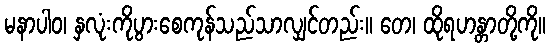
မနာပါဝ၊ နှလုံးကိုပွားစေကုန်သည်သာလျှင်တည်း။ တေ၊ ထိုရဟန္တာတို့ကို။